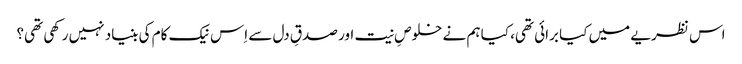
اس نظریے میں کیا برائی تھی، کیا ہم نے خلوصِ نیت اور صدقِ دل سے اِس نیک کام کی بنیاد نہیں رکھی تھی؟